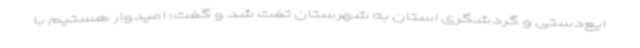
ایع‌دستی و گردشگری استان به شهرستان تفت شد و گفت: امیدوار هستیم با